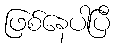
ဖြစ်နေပါပြီ